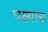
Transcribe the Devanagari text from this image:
पक्ष्याच